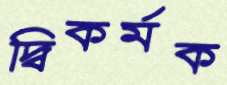
দ্বিকর্মক